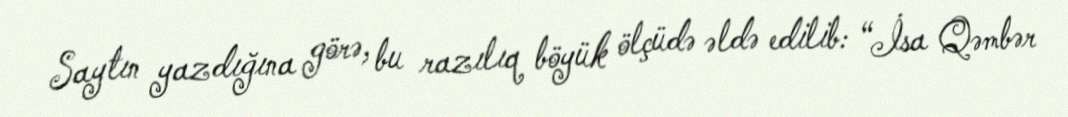
Saytın yazdığına görə, bu razılıq böyük ölçüdə əldə edilib: “İsa Qəmbər